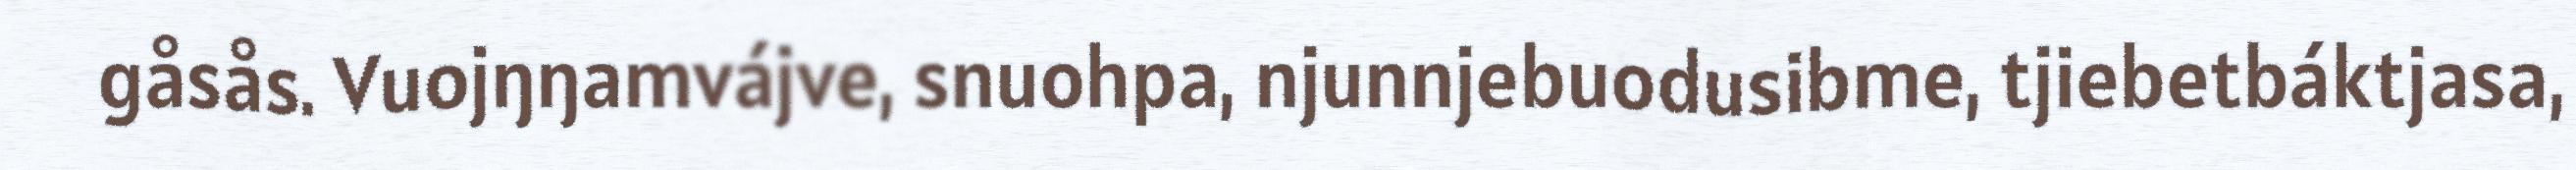
gåsås. Vuojŋŋamvájve, snuohpa, njunnjebuodusibme, tjiebetbáktjasa,